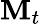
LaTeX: \textbf{M}_{t}